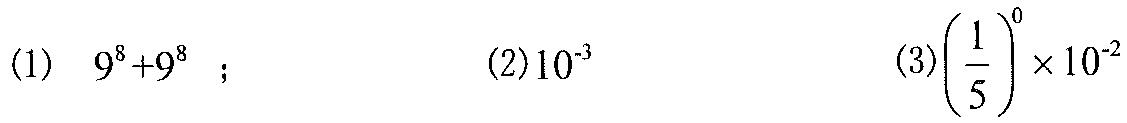
(1) \(9^{8}+9^{8}\) ；  (2)\(10^{-3}\)  (3)\(\left(\dfrac{1}{5}\right)^{0}\times 10^{-2}\)